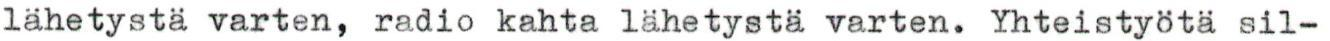
lähetystä varten, radio kahta lähetystä varten. Yhteistyötä sil-